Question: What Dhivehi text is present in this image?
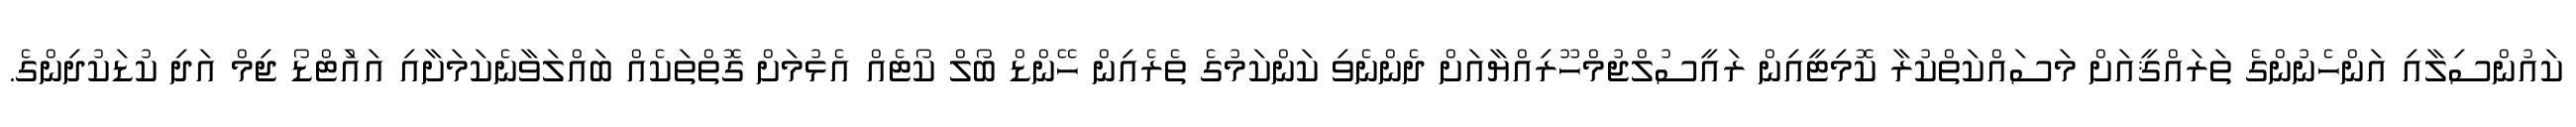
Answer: ކައުންސިލާއި އަންހެނުންގެ ތަރައްޤީއަށް މަސައްކަތްކުރާ ކޮމިޓީއިން ރައީސުލްޖުމްހޫރިއްޔާއަށް ދެންނެވި ކަންކަމުގެ ތެރެއިން ހޭންޑް ބޯލް ކޯޓެއް އެޅުމަށް ގޮތްތަކެއް ބައްލަވާނެކަމަށާއި އައަުޓްޑޯ ޖިމް އަދި ކުޑަކުދިންގެ.